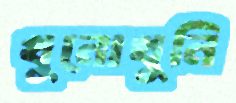
খুনোখুনি